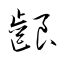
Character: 齦